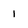
Character: 1